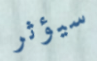
سيؤثر